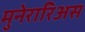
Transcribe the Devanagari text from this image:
मुनेरारिअस